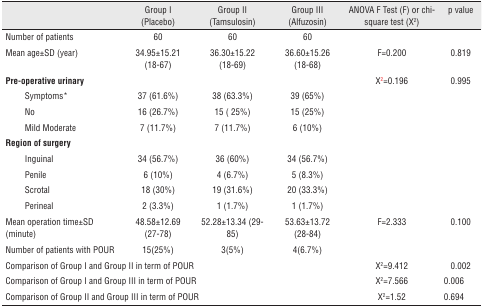
<table><thead><tr><td></td><td><b>Group I (Placebo)</b></td><td><b>Group II (Tamsulosin)</b></td><td><b>Group III (Alfuzosin)</b></td><td><b>ANOVA F Test (F) or chi-square test (X<sup>2</sup>)</b></td><td><b>p value</b></td></tr></thead><tbody><tr><td>Number of patients</td><td>60</td><td>60</td><td>60</td><td></td><td></td></tr><tr><td>Mean age±SD (year)</td><td>34.95±15.21 (18-67)</td><td>36.30±15.22 (18-69)</td><td>36.60±15.26 (18-68)</td><td>F=0.200</td><td>0.819</td></tr><tr><td><b>Pre-operative urinary</b></td><td></td><td></td><td></td><td>X<sup>2</sup>=0.196</td><td>0.995</td></tr><tr><td>Symptoms*</td><td>37 (61.6%)</td><td>38 (63.3%)</td><td>39 (65%)</td><td></td><td></td></tr><tr><td> No</td><td>16 (26.7%)</td><td>15 ( 25%)</td><td>15 (25%)</td><td></td><td></td></tr><tr><td> Mild Moderate</td><td>7 (11.7%)</td><td>7 (11.7%)</td><td>6 (10%)</td><td></td><td></td></tr><tr><td><b>Region of surgery</b></td><td></td><td></td><td></td><td></td><td></td></tr><tr><td> Inguinal</td><td>34 (56.7%)</td><td>36 (60%)</td><td>34 (56.7%)</td><td></td><td></td></tr><tr><td> Penile</td><td>6 (10%)</td><td>4 (6.7%)</td><td>5 (8.3%)</td><td></td><td></td></tr><tr><td> Scrotal</td><td>18 (30%)</td><td>19 (31.6%)</td><td>20 (33.3%)</td><td></td><td></td></tr><tr><td> Perineal</td><td>2 (3.3%)</td><td>1 (1.7%)</td><td>1 (1.7%)</td><td></td><td></td></tr><tr><td>Mean operation time±SD (minute)</td><td>48.58±12.69 (27-78)</td><td>52.28±13.34 (29-85)</td><td>53.63±13.72 (28-84)</td><td>F=2.333</td><td>0.100</td></tr><tr><td>Number of patients with POUR</td><td>15(25%)</td><td>3(5%)</td><td>4(6.7%)</td><td></td><td></td></tr><tr><td colspan="4">Comparison of Group I and Group II in term of POUR</td><td>X<sup>2</sup>=9.412</td><td>0.002</td></tr><tr><td colspan="4">Comparison of Group I and Group III in term of POUR</td><td>X<sup>2</sup>=7.566</td><td>0.006</td></tr><tr><td colspan="4">Comparison of Group II and Group III in term of POUR</td><td>X<sup>2</sup>=1.52</td><td>0.694</td></tr></tbody></table>